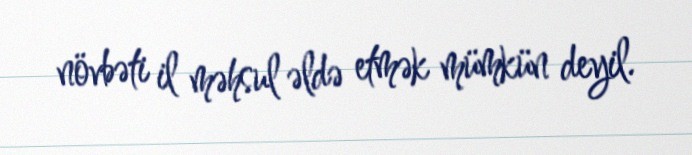
növbəti il məhsul əldə etmək mümkün deyil.